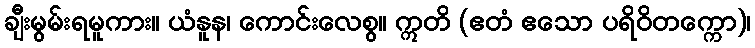
ချီးမွမ်းရမူကား။ ယံနူန၊ ကောင်းလေစွ။ ဣတိ (ဧတံ ဧသော ပရိဝိတက္ကော)၊